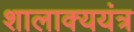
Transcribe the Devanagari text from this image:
शालाक्ययंत्र